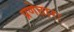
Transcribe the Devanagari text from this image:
प्रणेतारः